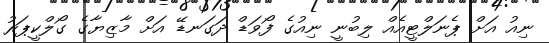
ނިއު އަށް ޕެނަލްޓީއެއް ލިބުނީ ނިއުގެ ފޯވަޑް ދަގަނޑޭ އަށް މާޒިޔާގެ ގޯލްކީޕަރު